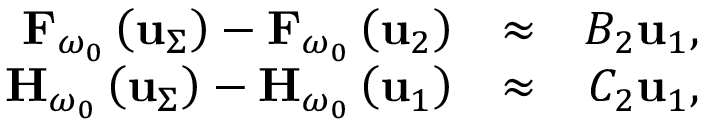
\begin{array} { r l r } { { \bf F } _ { \omega _ { 0 } } \left( { \bf u } _ { \Sigma } \right) - { \bf F } _ { \omega _ { 0 } } \left( { \bf u } _ { 2 } \right) } & { \approx } & { { \cal B } _ { 2 } \mathbf { u } _ { 1 } , } \\ { { \bf H } _ { \omega _ { 0 } } \left( { \bf u } _ { \Sigma } \right) - { \bf H } _ { \omega _ { 0 } } \left( { \bf u } _ { 1 } \right) } & { \approx } & { { \cal C } _ { 2 } \mathbf { u } _ { 1 } , } \end{array}